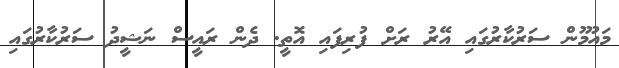
މައުމޫން ސަރުކާރުގައި އޭރު ރަށް ފުރިފައި އޮތީ. ދެން ރައީސް ނަޝީދު ސަރުކާރުގައި